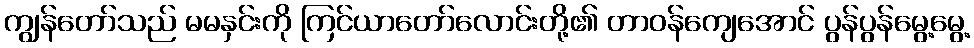
ကျွန်တော်သည် မမနှင်းကို ကြင်ယာတော်လောင်းတို့၏ တာဝန်ကျေအောင် ပွန်ပွန်မွေ့မွေ့